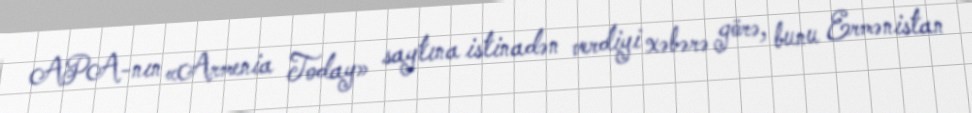
APA-nın «Armenia Today» saytına istinadən verdiyi xəbərə görə, bunu Ermənistan